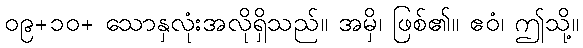
၀၉+၁၀+ သောနှလုံးအလိုရှိသည်။ အမှိ၊ ဖြစ်၏။ ဧဝံ၊ ဤသို့။